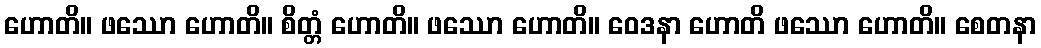
ဟောတိ။ ဖဿော ဟောတိ။ စိတ္တံ ဟောတိ။ ဖဿော ဟောတိ။ ဝေဒနာ ဟောတိ ဖဿော ဟောတိ။ စေတနာ